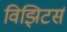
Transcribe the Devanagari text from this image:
विझिटर्स